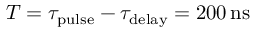
T = \tau _ { \mathrm { p u l s e } } - \tau _ { \mathrm { d e l a y } } = 2 0 0 \, \mathrm { n s }